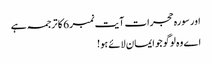
اور سورہ حجرات آیت نمبر 6 کا ترجمہ ہے
اے وہ لوگو جو ایمان لائے ہو!